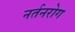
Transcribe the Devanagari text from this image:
नर्तनरोग